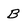
Character: B